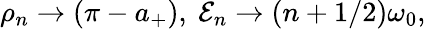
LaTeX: \rho_{n}\rightarrow(\pi-a_{+}),\ {\cal E}_{n}\rightarrow(n+1/2)\omega_{0},